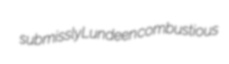
submissly Lundeen combustious